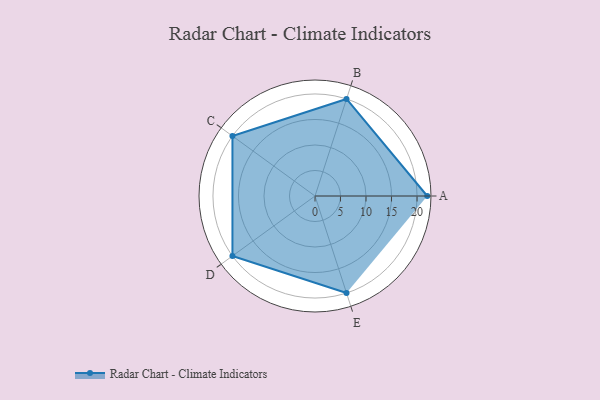
{"axis": {"x": "Skill", "y": "Score"}, "legend": ["Profile"], "data": [{"x": "A", "y": 22.0, "type": "Profile"}, {"x": "B", "y": 20, "type": "Profile"}, {"x": "C", "y": 20, "type": "Profile"}, {"x": "D", "y": 20, "type": "Profile"}, {"x": "E", "y": 20, "type": "Profile"}]}